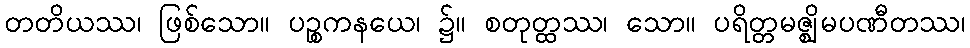
တတိယဿ၊ ဖြစ်သော။ ပဉ္စကနယေ၊ ၌။ စတုတ္ထဿ၊ သော။ ပရိတ္တမဇ္ဈိမပဏီတဿ၊